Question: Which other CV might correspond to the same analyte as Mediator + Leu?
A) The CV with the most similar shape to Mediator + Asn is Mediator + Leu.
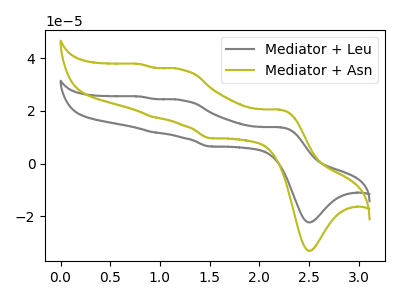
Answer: <think>The gray curve "Mediator + Leu" has anodic peaks at (2.20V, 13.80uA) (1.20V, 24.00uA) (0.95V, 11.90uA) (0.80V, 25.40uA) and cathodic peaks at (2.50V, -22.25uA) (1.50V, 6.50uA). The olive curve "Mediator + Asn" has anodic peaks at (2.20V, 20.45uA) (1.20V, 35.60uA) (0.95V, 17.60uA) (0.80V, 37.70uA) and cathodic peaks at (2.50V, -33.05uA) (1.50V, 9.65uA).
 All the peaks in "Mediator + Leu" have a peak in "Mediator + Asn" at the same potential.</think>
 <answer>A) The CV with the most similar shape to "Mediator + Asn" is "Mediator + Leu".</answer>
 <eval>A</eval>